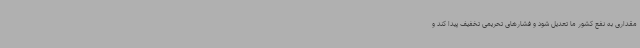
مقداری به نفع کشور ما تعدیل شود و فشارهای تحریمی تخفیف پیدا کند و